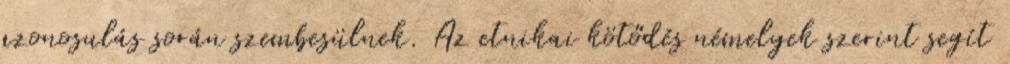
azonosulás során szembesülnek. Az etnikai kötődés némelyek szerint segít